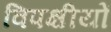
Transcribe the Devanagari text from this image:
विपक्षीयों